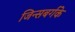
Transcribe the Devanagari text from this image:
जिन्सबर्गके